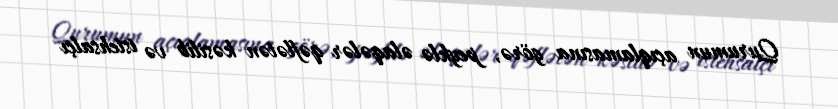
Qurumun açıqlamasına görə, peyklə əlaqələr qəflətən kəsilib və istehsalçı